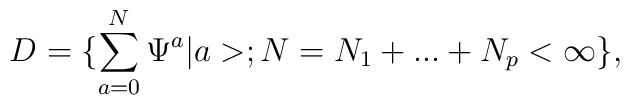
D=\{ \sum _{a=0}^N \Psi^a |a>; N=N_1+...+N_p < \infty \},